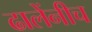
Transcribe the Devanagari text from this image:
ढालेंनीच